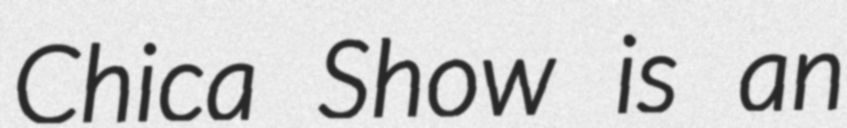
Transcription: Chica Show is an